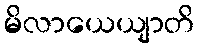
မိလာယေယျာတိ